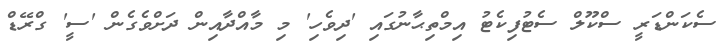
ސެކަންޑަރީ ސްކޫލް ސެޓުފިކެޓު އިމްތިޙާނުގައި 'ދިވެހި' މި މާއްދާއިން ދަށްވެގެން 'ސީ' ގްރޭޑް